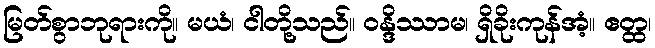
မြတ်စွာဘုရားကို။ မယံ၊ ငါတို့သည်။ ဝန္ဒိဿာမ၊ ရှိခိုးကုန်အံ့။ ဧတ္ထ၊